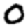
Digit: 0